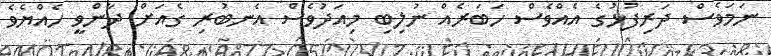
ނަމަވެސް ދަރިފުޅުގެ އެއްވެސް ހަބަރެއް ނުލިބި މިއަދުވެސް އެނބުރި ގެއަށް ދާންވީ ހެއްޔެވެ